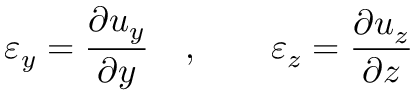
\varepsilon _ { y } = { \frac { \partial u _ { y } } { \partial y } } \quad , \qquad \varepsilon _ { z } = { \frac { \partial u _ { z } } { \partial z } } \,